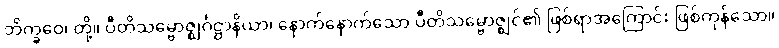
ဘိက္ခဝေ၊ တို့။ ပီတိသမ္ဗောဇ္ဈင်္ဂဋ္ဌာနိယာ၊ နောက်နောက်သော ပီတိသမ္ဗောဇ္ဈင်၏ ဖြစ်ရာအကြောင်း ဖြစ်ကုန်သော။